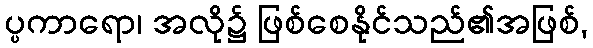
ပ္ပကာရော၊ အလို၌ ဖြစ်စေနိုင်သည်၏အဖြစ်,